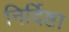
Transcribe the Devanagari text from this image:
निर्दिष्टा